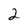
Character: 2